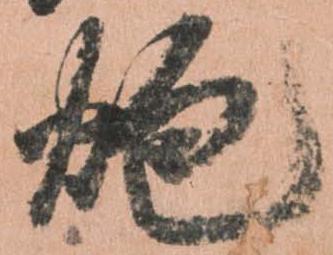
砲